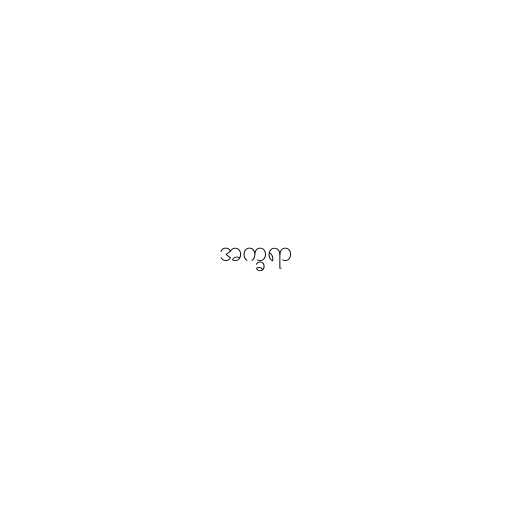
အက္ခရာ